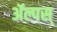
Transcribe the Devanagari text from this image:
ॲल्पस्